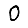
Digit: 0